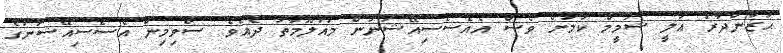
ޙަޒާންދާރު ޢަލީ ޝަމީމް ކަމަށް ވެސް އެއެސޯސިއޭޝަނުން މައުލޫމާތު ދެއެވެ. ސްވިމިން އެސޯސިއޭޝަނުގެ